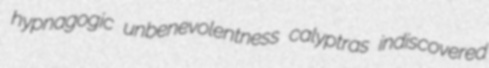
hypnagogic unbenevolentness calyptras indiscovered